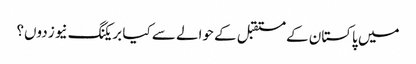
میں پاکستان کے مستقبل کے حوالے سے کیا بریکنگ نیوز دوں؟